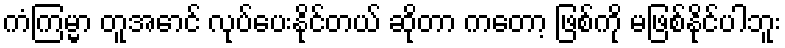
ကံကြမ္မာ တူအောင် လုပ်ပေးနိုင်တယ် ဆိုတာ ကတော့ ဖြစ်ကို မဖြစ်နိုင်ပါဘူး